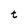
Character: t